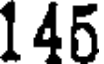
145